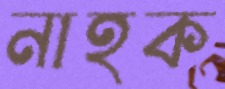
নাহক